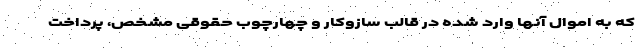
که به اموال آنها وارد شده در قالب سازوکار و چهارچوب حقوقی مشخص، پرداخت